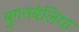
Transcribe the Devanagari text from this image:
बुगनबेलिया